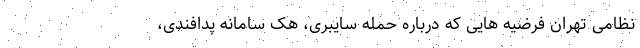
نظامی تهران فرضیه هایی که درباره حمله سایبری، هک سامانه پدافندی،